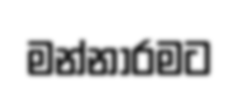
මන්නාරමට